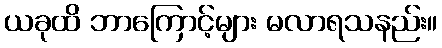
ယခုထိ ဘာကြောင့်များ မလာရသနည်း။